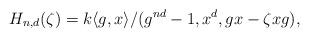
LaTeX: \begin{align*}H_{n,d}(\zeta)=k\langle g,x\rangle/(g^{nd}-1,x^d,gx-\zeta xg),\end{align*}